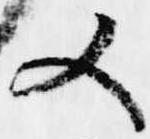
又